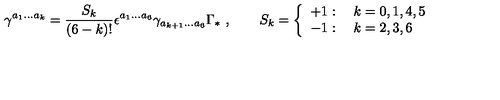
\gamma ^ { a _ { 1 } \ldots a _ { k } } = \frac { S _ { k } } { ( 6 - k ) ! } \epsilon ^ { a _ { 1 } \ldots a _ { 6 } } \gamma _ { a _ { k + 1 } \ldots a _ { 6 } } \Gamma _ { * } \ , \qquad S _ { k } = \left\{ \begin{array} { l } { + 1 : \quad k = 0 , 1 , 4 , 5 } \\ { - 1 : \quad k = 2 , 3 , 6 } \\ \end{array} \right.